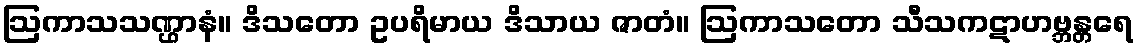
ဩကာသသဏ္ဌာနံ။ ဒိသတော ဥပရိမာယ ဒိသာယ ဇာတံ။ ဩကာသတော သီသကဋာဟဗ္ဘန္တရေ